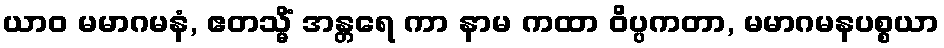
ယာဝ မမာဂမနံ, ဧတသ္မိံ အန္တရေ ကာ နာမ ကထာ ဝိပ္ပကတာ, မမာဂမနပစ္စယာ